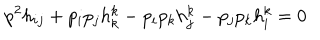
p ^ { 2 } h _ { i j } + p _ { i } p _ { j } h _ { k } ^ { k } - p _ { i } p _ { k } h _ { j } ^ { k } - p _ { j } p _ { k } h _ { i } ^ { k } = 0